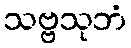
သဗ္ဗသုဘံ